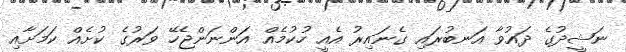
ނަޝީދުގެ ދައުވާ އަނބުރައި ގެނައިރު އެއީ ހުކުމެއް އަންނަންޖެހޭ ވަރުގެ ކުށެއް ކަމަށާއި